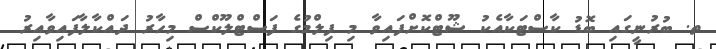
ތ. ބުރުނީގައި ބޮޑު ކާސްޓަކާއެކު ޝޫޓްކޮށްފައިވާ މި ފިލްމުގެ ފަސްޓްލޫކްސް މިހާރު ދައްކާލާފައިވާއިރު